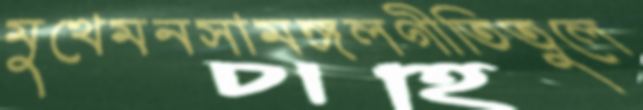
মুখেমনসামঙ্গলগীতিতুলে